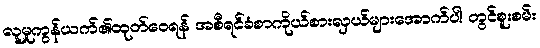
လူမှုကွန်ယက်၏ထုတ်ဝေရန် အစီရင်ခံစာကိုယ်စားလှယ်များအောက်ပါ တွင်စူးစမ်း